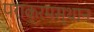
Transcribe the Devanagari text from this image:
पराक्रमस्थान